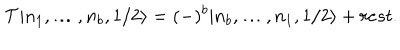
LaTeX: { \cal T } | n _ { 1 } , \ldots , n _ { b } , 1 / 2 \rangle = ( - ) ^ { b } | n _ { b } , \ldots , n _ { 1 } , 1 / 2 \rangle + r e s t .